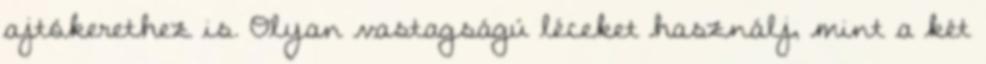
ajtókerethez is. Olyan vastagságú léceket használj, mint a két